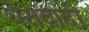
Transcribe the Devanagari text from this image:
थेरावादी